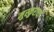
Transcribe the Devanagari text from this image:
मुस्कुराया